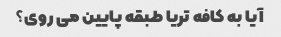
آیا به کافه تریا طبقه پایین می روی؟